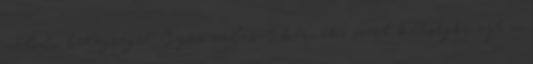
valódi betegsége? Gyors választ kérnék, mert kétségbe ejt a